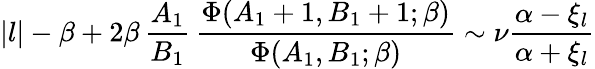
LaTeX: |l|-\beta+2\beta\, {\frac{A_{1}}{B_{1}}}\, {\frac{\Phi(A_{1}+1,B_{1}+1;\beta)}{\Phi(A_{1},B_{1};\beta)}}\sim\nu{\frac{\alpha-\xi_{l}}{\alpha+\xi_{l}}}